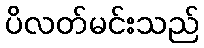
ပိလတ်မင်းသည်